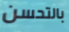
بالتحسن